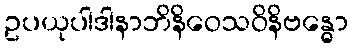
ဥပယုပါဒါနာဘိနိဝေသဝိနိဗန္ဓော